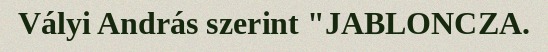
Vályi András szerint "JABLONCZA.